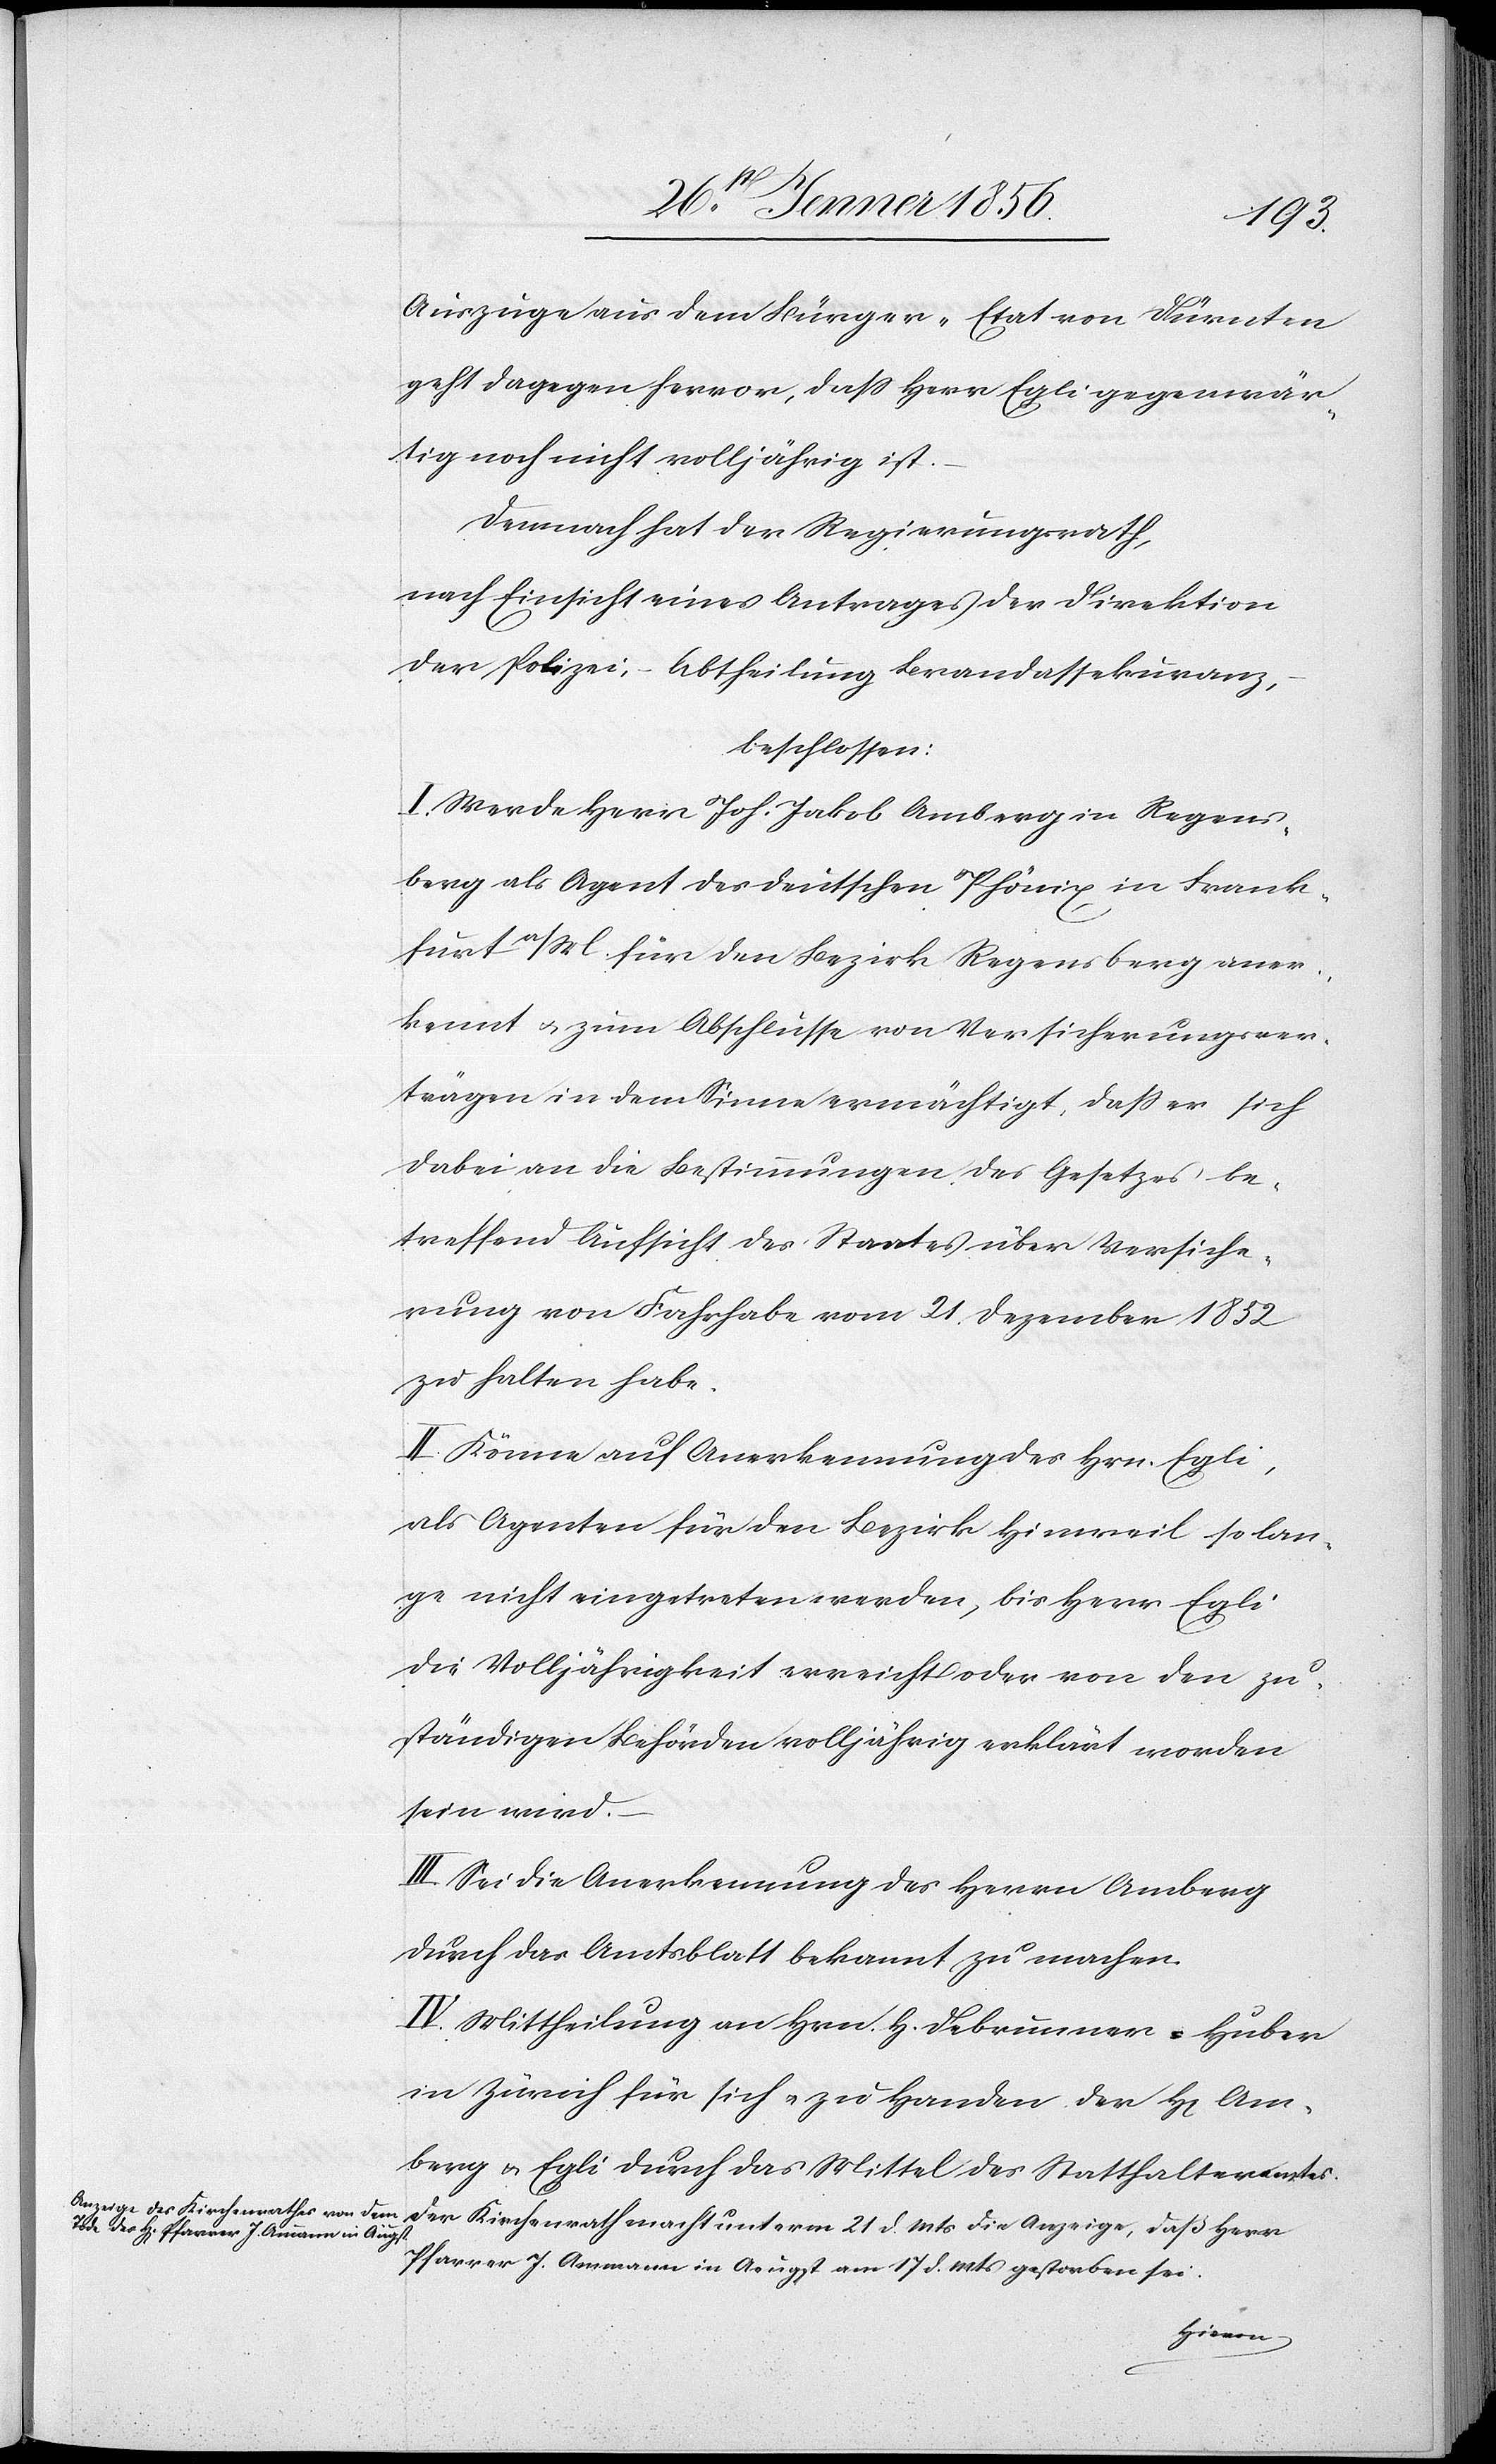
Auszuge aus dem Bürger-Etat von Dürnten
geht dagegen hervor, daß Herr Egli gegenwär¬
tig noch nicht volljährig ist.
Demnach hat der Regierungsrath,
nach Einsicht eines Antrages der Direktion
der Polizei, – Abtheilung Brandassekuranz,
beschlossen:
I. Werde Herr Joh. Jakob Amberg in Regens¬
berg als Agent des deutschen Phönix in Frank¬
furt a/M. für den Bezirk Regensberg aner¬
kennt u. zum Abschlusse von Versicherungsver¬
trägen in dem Sinne ermächtigt, daß er sich
dabei an die Bestimmungen des Gesetzes be¬
treffend Aufsicht des Staates über Versiche¬
rung von Fahrhabe vom 21. Dezember 1852
zu halten habe.
II. Könne auf Anerkennung des Hrn. Egli,
als Agenten für den Bezirk Hinweil so lan¬
ge nicht eingetreten werden, bis Herr Egli
die Volljährigkeit erreicht oder von den zu¬
ständigen Behörden volljährig erklärt worden
sein wird.
III. Sei die Anerkennung des Herrn Amberg
durch das Amtsblatt bekannt zu machen.
IV. Mittheilung an Hrn. H. Debrunner-Huber
in Zürich für sich u. zu Handen der H[errn] Am¬
berg u. Egli durch das Mittel des Statthalteramtes.
Der Kirchenrath macht unterm 21 d. Mts die Anzeige, daß Herr
Pfarrer J. Ammann in Aeugst am 17 d. Mts gestorben sei.